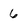
Character: 6